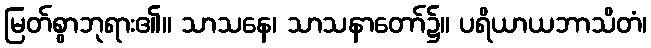
မြတ်စွာဘုရား၏။ သာသနေ၊ သာသနာတော်၌။ ပရိယာယဘာသိတံ၊